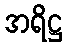
အရိဋ္ဌ